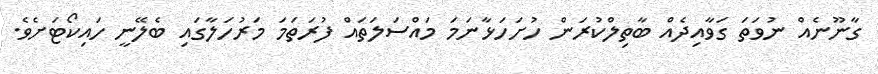
ގާނޫނެއް ނުވަތަ ގަވާއިދެއް ބާތިލްކުރަން ހުށަހަޅާނަމަ މައްސަލަތައް ފުރަތަމަ މަރުހަލާގައި ބެލޭނީ ހައިކޯޓަށެވެ.